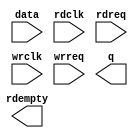
// megafunction wizard: %FIFO%VBB%
// GENERATION: STANDARD
// VERSION: WM1.0
// MODULE: dcfifo 

// ============================================================
// Megafunction Name(s):
// 			dcfifo
//
// Simulation Library Files(s):
// 			altera_mf
// ============================================================
// ************************************************************
// THIS IS A WIZARD-GENERATED FILE. DO NOT EDIT THIS FILE!
//
// 13.0.1 Build 232 06/12/2013 SP 1 SJ Web Edition
// ************************************************************

//Copyright (C) 1991-2013 Altera Corporation
//Your use of Altera Corporation's design tools, logic functions 
//and other software and tools, and its AMPP partner logic 
//functions, and any output files from any of the foregoing 
//(including device programming or simulation files), and any 
//associated documentation or information are expressly subject 
//to the terms and conditions of the Altera Program License 
//Subscription Agreement, Altera MegaCore Function License 
//Agreement, or other applicable license agreement, including, 
//without limitation, that your use is for the sole purpose of 
//programming logic devices manufactured by Altera and sold by 
//Altera or its authorized distributors.  Please refer to the 
//applicable agreement for further details.

module opl3_in (
	data,
	rdclk,
	rdreq,
	wrclk,
	wrreq,
	q,
	rdempty);

	input	[9:0]  data;
	input	  rdclk;
	input	  rdreq;
	input	  wrclk;
	input	  wrreq;
	output	[9:0]  q;
	output	  rdempty;

endmodule

// ============================================================
// CNX file retrieval info
// ============================================================
// Retrieval info: PRIVATE: AlmostEmpty NUMERIC "0"
// Retrieval info: PRIVATE: AlmostEmptyThr NUMERIC "-1"
// Retrieval info: PRIVATE: AlmostFull NUMERIC "0"
// Retrieval info: PRIVATE: AlmostFullThr NUMERIC "-1"
// Retrieval info: PRIVATE: CLOCKS_ARE_SYNCHRONIZED NUMERIC "0"
// Retrieval info: PRIVATE: Clock NUMERIC "4"
// Retrieval info: PRIVATE: Depth NUMERIC "1024"
// Retrieval info: PRIVATE: Empty NUMERIC "1"
// Retrieval info: PRIVATE: Full NUMERIC "0"
// Retrieval info: PRIVATE: INTENDED_DEVICE_FAMILY STRING "Cyclone III"
// Retrieval info: PRIVATE: LE_BasedFIFO NUMERIC "0"
// Retrieval info: PRIVATE: LegacyRREQ NUMERIC "0"
// Retrieval info: PRIVATE: MAX_DEPTH_BY_9 NUMERIC "0"
// Retrieval info: PRIVATE: OVERFLOW_CHECKING NUMERIC "0"
// Retrieval info: PRIVATE: Optimize NUMERIC "0"
// Retrieval info: PRIVATE: RAM_BLOCK_TYPE NUMERIC "0"
// Retrieval info: PRIVATE: SYNTH_WRAPPER_GEN_POSTFIX STRING "0"
// Retrieval info: PRIVATE: UNDERFLOW_CHECKING NUMERIC "0"
// Retrieval info: PRIVATE: UsedW NUMERIC "0"
// Retrieval info: PRIVATE: Width NUMERIC "10"
// Retrieval info: PRIVATE: dc_aclr NUMERIC "0"
// Retrieval info: PRIVATE: diff_widths NUMERIC "0"
// Retrieval info: PRIVATE: msb_usedw NUMERIC "0"
// Retrieval info: PRIVATE: output_width NUMERIC "10"
// Retrieval info: PRIVATE: rsEmpty NUMERIC "1"
// Retrieval info: PRIVATE: rsFull NUMERIC "0"
// Retrieval info: PRIVATE: rsUsedW NUMERIC "0"
// Retrieval info: PRIVATE: sc_aclr NUMERIC "0"
// Retrieval info: PRIVATE: sc_sclr NUMERIC "0"
// Retrieval info: PRIVATE: wsEmpty NUMERIC "0"
// Retrieval info: PRIVATE: wsFull NUMERIC "0"
// Retrieval info: PRIVATE: wsUsedW NUMERIC "0"
// Retrieval info: LIBRARY: altera_mf altera_mf.altera_mf_components.all
// Retrieval info: CONSTANT: INTENDED_DEVICE_FAMILY STRING "Cyclone III"
// Retrieval info: CONSTANT: LPM_NUMWORDS NUMERIC "1024"
// Retrieval info: CONSTANT: LPM_SHOWAHEAD STRING "ON"
// Retrieval info: CONSTANT: LPM_TYPE STRING "dcfifo"
// Retrieval info: CONSTANT: LPM_WIDTH NUMERIC "10"
// Retrieval info: CONSTANT: LPM_WIDTHU NUMERIC "10"
// Retrieval info: CONSTANT: OVERFLOW_CHECKING STRING "ON"
// Retrieval info: CONSTANT: RDSYNC_DELAYPIPE NUMERIC "4"
// Retrieval info: CONSTANT: UNDERFLOW_CHECKING STRING "ON"
// Retrieval info: CONSTANT: USE_EAB STRING "ON"
// Retrieval info: CONSTANT: WRSYNC_DELAYPIPE NUMERIC "4"
// Retrieval info: USED_PORT: data 0 0 10 0 INPUT NODEFVAL "data[9..0]"
// Retrieval info: USED_PORT: q 0 0 10 0 OUTPUT NODEFVAL "q[9..0]"
// Retrieval info: USED_PORT: rdclk 0 0 0 0 INPUT NODEFVAL "rdclk"
// Retrieval info: USED_PORT: rdempty 0 0 0 0 OUTPUT NODEFVAL "rdempty"
// Retrieval info: USED_PORT: rdreq 0 0 0 0 INPUT NODEFVAL "rdreq"
// Retrieval info: USED_PORT: wrclk 0 0 0 0 INPUT NODEFVAL "wrclk"
// Retrieval info: USED_PORT: wrreq 0 0 0 0 INPUT NODEFVAL "wrreq"
// Retrieval info: CONNECT: @data 0 0 10 0 data 0 0 10 0
// Retrieval info: CONNECT: @rdclk 0 0 0 0 rdclk 0 0 0 0
// Retrieval info: CONNECT: @rdreq 0 0 0 0 rdreq 0 0 0 0
// Retrieval info: CONNECT: @wrclk 0 0 0 0 wrclk 0 0 0 0
// Retrieval info: CONNECT: @wrreq 0 0 0 0 wrreq 0 0 0 0
// Retrieval info: CONNECT: q 0 0 10 0 @q 0 0 10 0
// Retrieval info: CONNECT: rdempty 0 0 0 0 @rdempty 0 0 0 0
// Retrieval info: GEN_FILE: TYPE_NORMAL opl3_in.v TRUE
// Retrieval info: GEN_FILE: TYPE_NORMAL opl3_in.inc FALSE
// Retrieval info: GEN_FILE: TYPE_NORMAL opl3_in.cmp FALSE
// Retrieval info: GEN_FILE: TYPE_NORMAL opl3_in.bsf FALSE
// Retrieval info: GEN_FILE: TYPE_NORMAL opl3_in_inst.v FALSE
// Retrieval info: GEN_FILE: TYPE_NORMAL opl3_in_bb.v TRUE
// Retrieval info: LIB_FILE: altera_mf